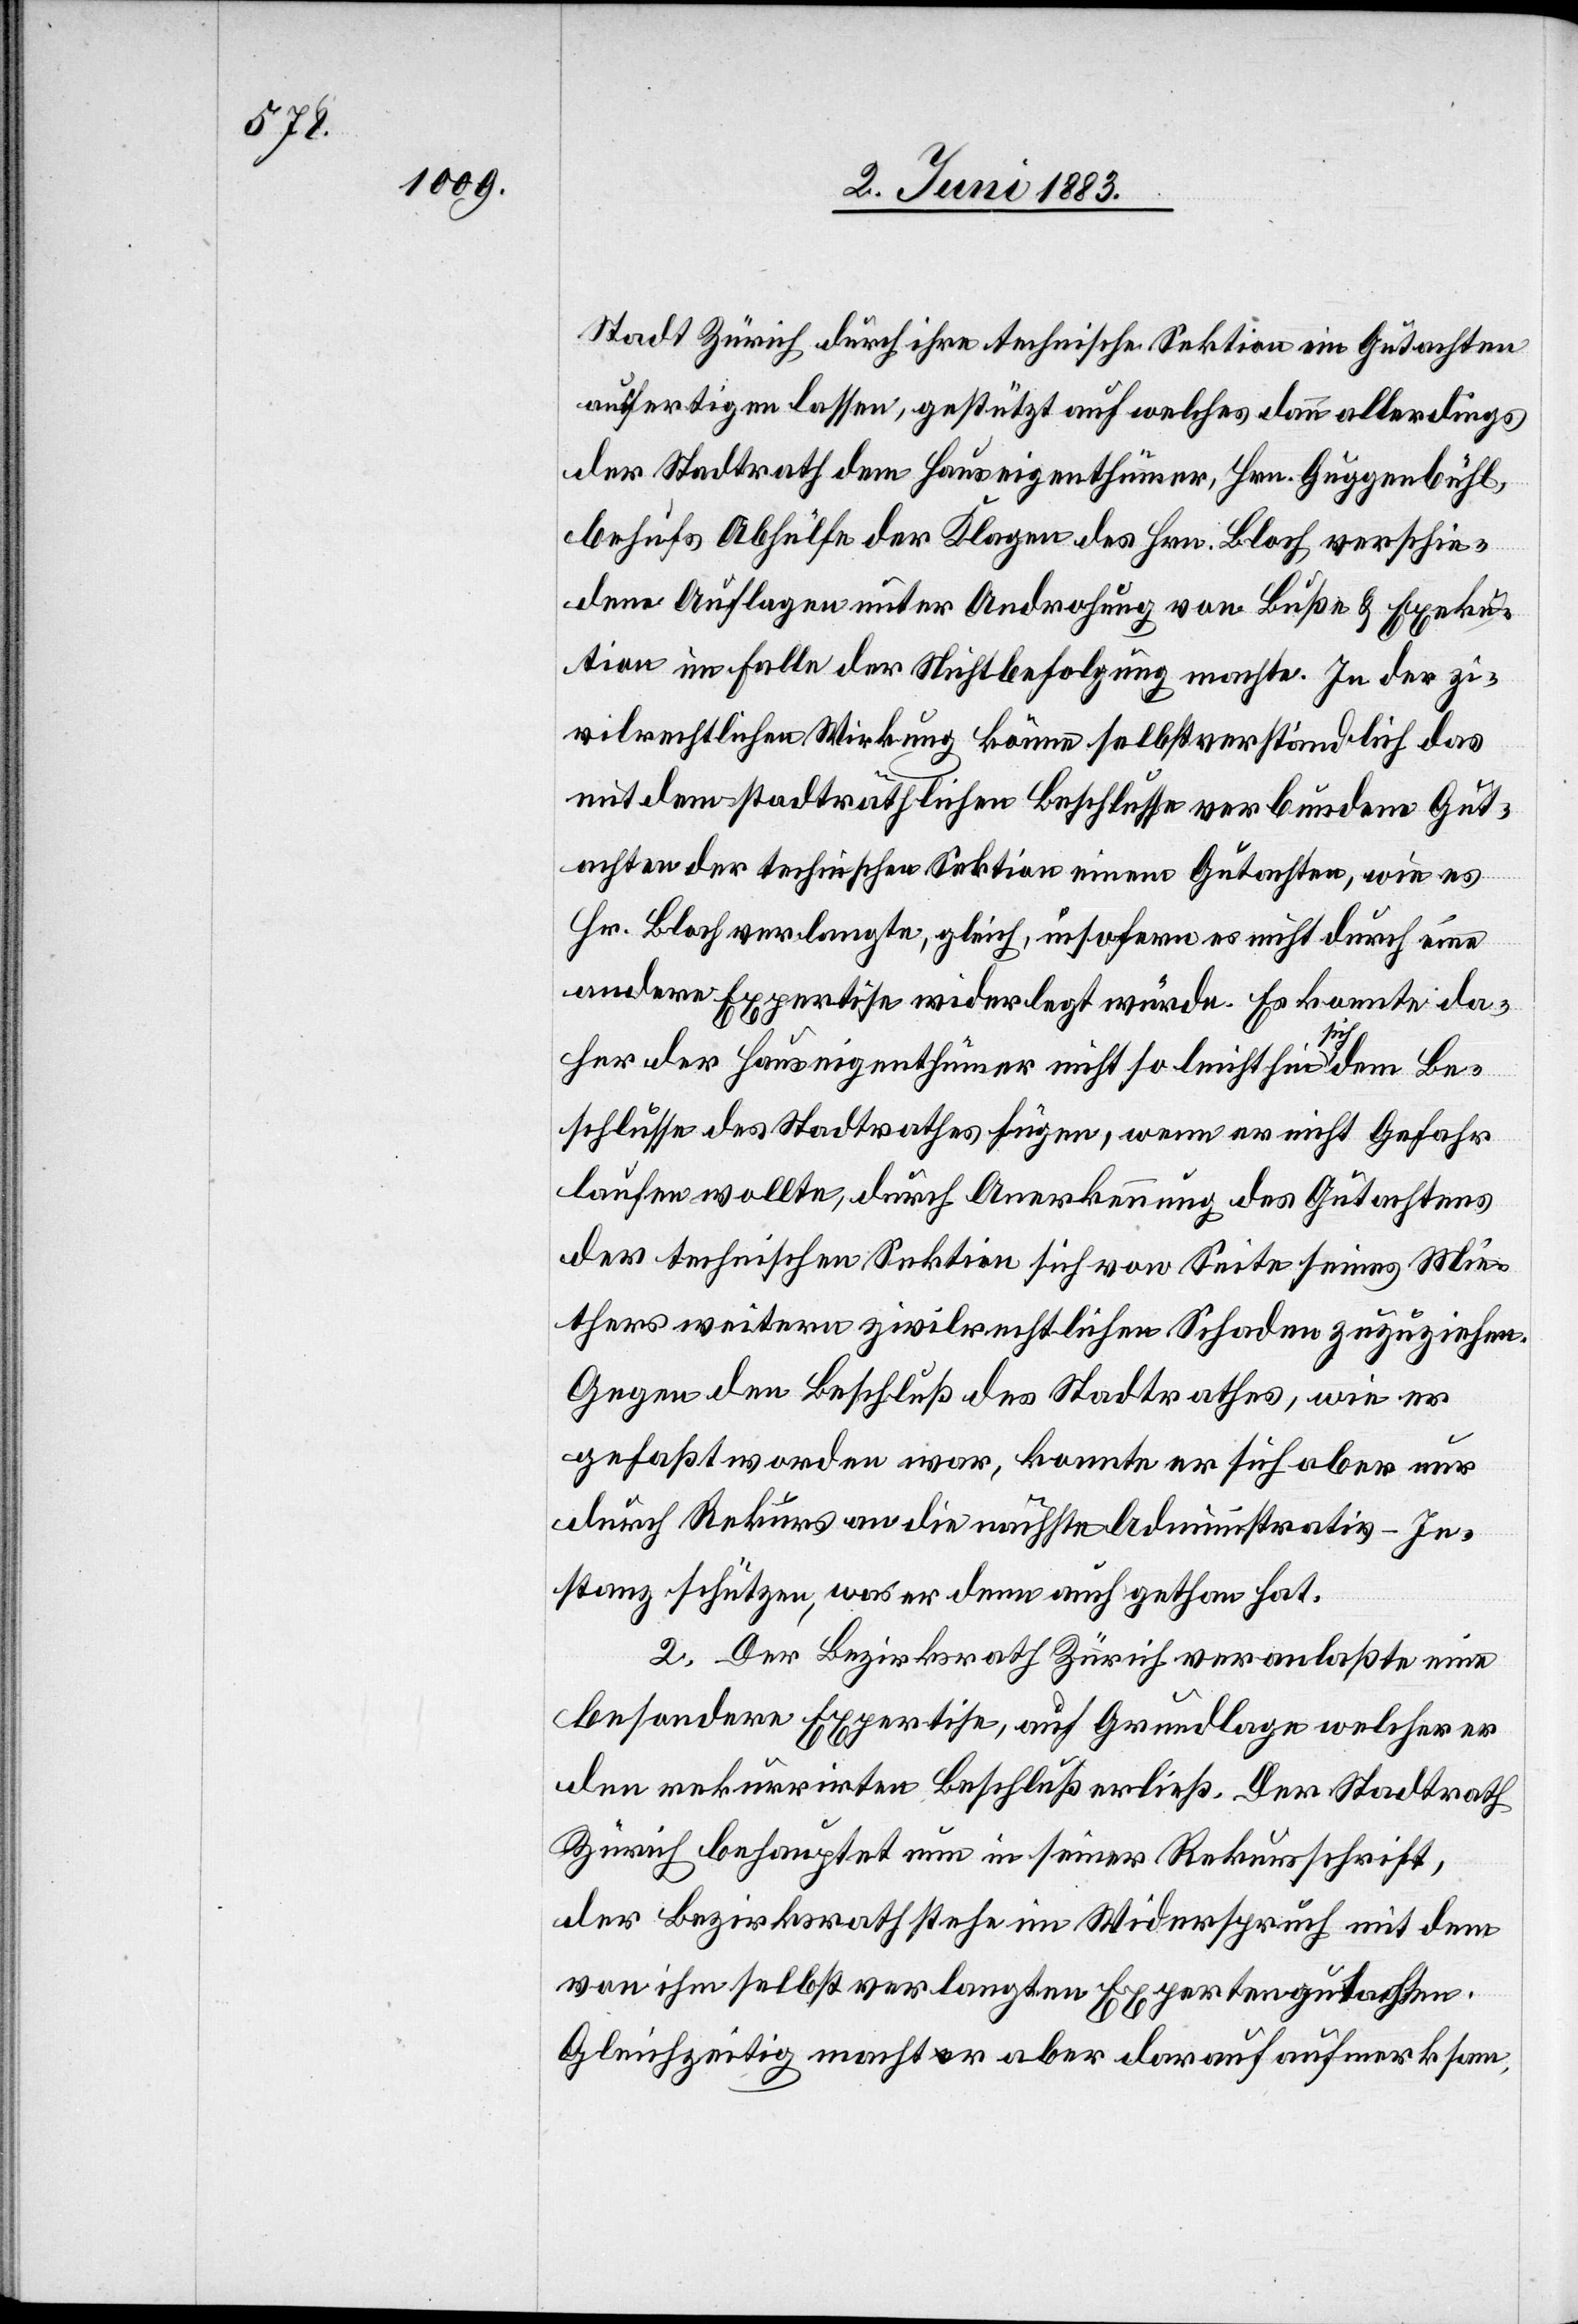
Stadt Zürich durch ihre technische Sektion ein Gutachten
ausfertigen lassen, gestützt auf welches dann allerdings
der Stadtrath dem Hauseigenthümer, Hrn. Guggenbühl,
behufs Abhülfe der Klagen des Hrn. Bloch verschie¬
dene Auflagen unter Androhung von Buße & Exeku¬
tion im Falle der Nichtbefolgung machte. In der zi¬
vilrechtlichen Wirkung könne selbstverständlich das
mit dem stadträthlichen Beschlusse verbundene Gut¬
achten der technischen Sektion einem Gutachten, wie es
Hr. Bloch verlangte, gleich, insofern es nicht durch eine
andere Expertise widerlegt würde. Es konnte da¬
her der Hauseigenthümer nicht so leichthin sich dem Be¬
schlusse des Stadtrathes fügen, wenn er nicht Gefahr
laufen wollte, durch Anerkennung des Gutachtens
der technischen Sektion sich von Seite seines Mie¬
thers weitern zivilrechtlichen Schaden zuzuziehen.
Gegen den Beschluß des Stadtrathes, wie er
gefaßt worden war, konnte er sich aber nur
durch Rekurs an die nächste Administrativ-In¬
stanz schützen, was er denn auch gethan hat.
2. Der Bezirksrath Zürich veranlaßte eine
besondere Expertise, auf Grundlage welcher er
den rekurrirten Beschluß erließ. Der Stadtrath
Zürich behauptet nun in seiner Rekursschrift,
der Bezirksrath stehe im Widerspruch mit dem
von ihm selbst verlangten Expertengutachten.
Gleichzeitig macht er aber darauf aufmerksam,